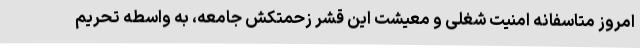
امروز متاسفانه امنیت شغلی و معیشت این قشر زحمتکش جامعه، به واسطه تحریم